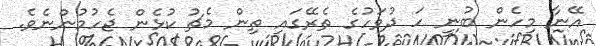
އޭނާ މިހެން ބުނީ ހަ ދުވަހުގެ ތެރޭގައި ތިން މެޗު ކުޅެން ޖެހުމުންނެވެ.